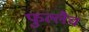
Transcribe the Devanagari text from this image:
फुल्लैच